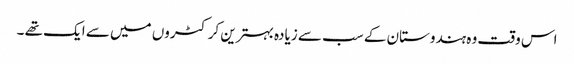
اس وقت وہ ہندوستان کے سب سے زیادہ بہترین کرکٹروں میں سے ایک تھے ۔